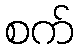
စက်